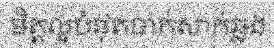
មិត្តល្អបំផុតចាក់សាក់ឆ្លង